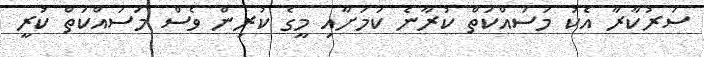
ސަރުކާރާ އެކު މަސައްކަތް ކުރާނެ ކަމަށާއި މީގެ ކުރިން ވެސް މަސައްކަތް ކުރީ